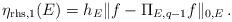
LaTeX: \begin{align*}\eta_{{\rm rhs},1}(E) = h_E \Vert f - \Pi_{E,q-1} f \Vert_{0,E} \,.\end{align*}